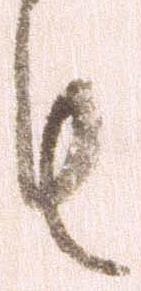
も